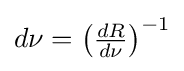
\textstyle d\nu =\left({\frac {dR}{d\nu }}\right)^{-1}